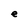
Character: e